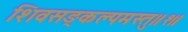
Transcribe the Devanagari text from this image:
शिवसङ्कल्पमस्तु॥१॥